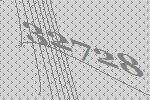
32728